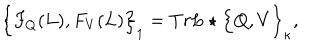
\Big \{ F _ { Q } ( L ) , F _ { V } ( L ) \Big \} _ { 1 } = T r L \star \Big \{ Q , V \Big \} _ { \kappa } , \nonumber \,